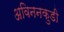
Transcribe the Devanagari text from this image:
अविननकुडी